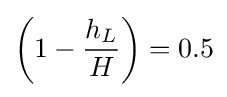
{\left(1-{\frac {h_{L}}{H}}\right)}=0.5